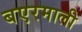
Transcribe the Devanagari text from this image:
बएरमाली